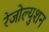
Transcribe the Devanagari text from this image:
रेजोल्युशन